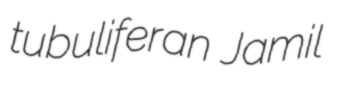
tubuliferan Jamil